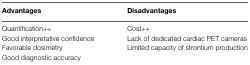
<table><thead><tr><td><b>Advantages</b></td><td><b>Disadvantages</b></td></tr></thead><tbody><tr><td>Quantification++</td><td>Cost++</td></tr><tr><td>Good interpretative confidence</td><td>Lack of dedicated cardiac PET cameras</td></tr><tr><td>Favorable dosimetry</td><td>Limited capacity of strontium production</td></tr><tr><td>Good diagnostic accuracy</td><td></td></tr></tbody></table>